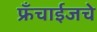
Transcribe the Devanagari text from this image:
फ्रँचाईजचे